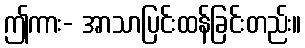
ဤကား- အာသာပြင်းထန်ခြင်းတည်း။